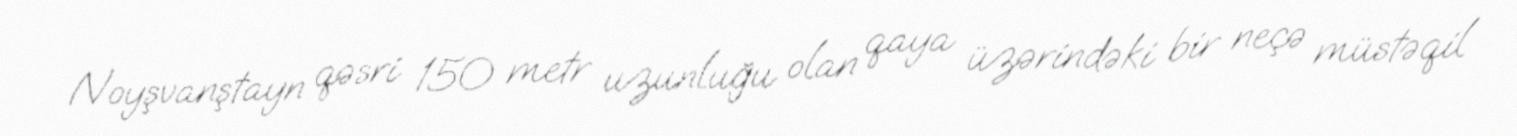
Noyşvanştayn qəsri 150 metr uzunluğu olan qaya üzərindəki bir neçə müstəqil